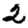
Digit: 2